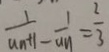
\frac { 1 } { a _ { n } + 1 } - \frac { 1 } { a _ { n } } = \frac { 2 } { 3 }